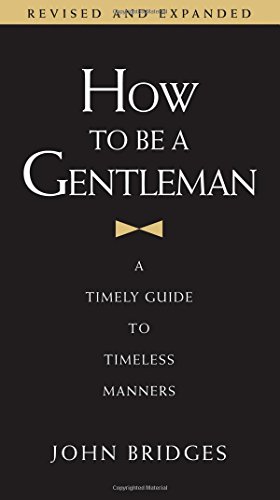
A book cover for How to Be a Gentleman: A Timely Guide to Timeless Manners; John Bridges; Health, Fitness & Dieting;